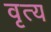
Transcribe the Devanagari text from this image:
वृत्य